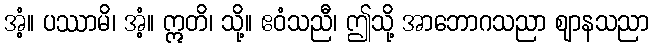
အံ့။ ပဿာမိ၊ အံ့။ ဣတိ၊ သို့။ ဧဝံသညီ၊ ဤသို့ အာဘောဂသညာ ဈာနသညာ